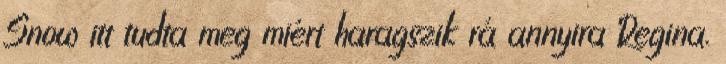
Snow itt tudta meg miért haragszik rá annyira Regina.